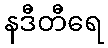
နဒီတီရေ